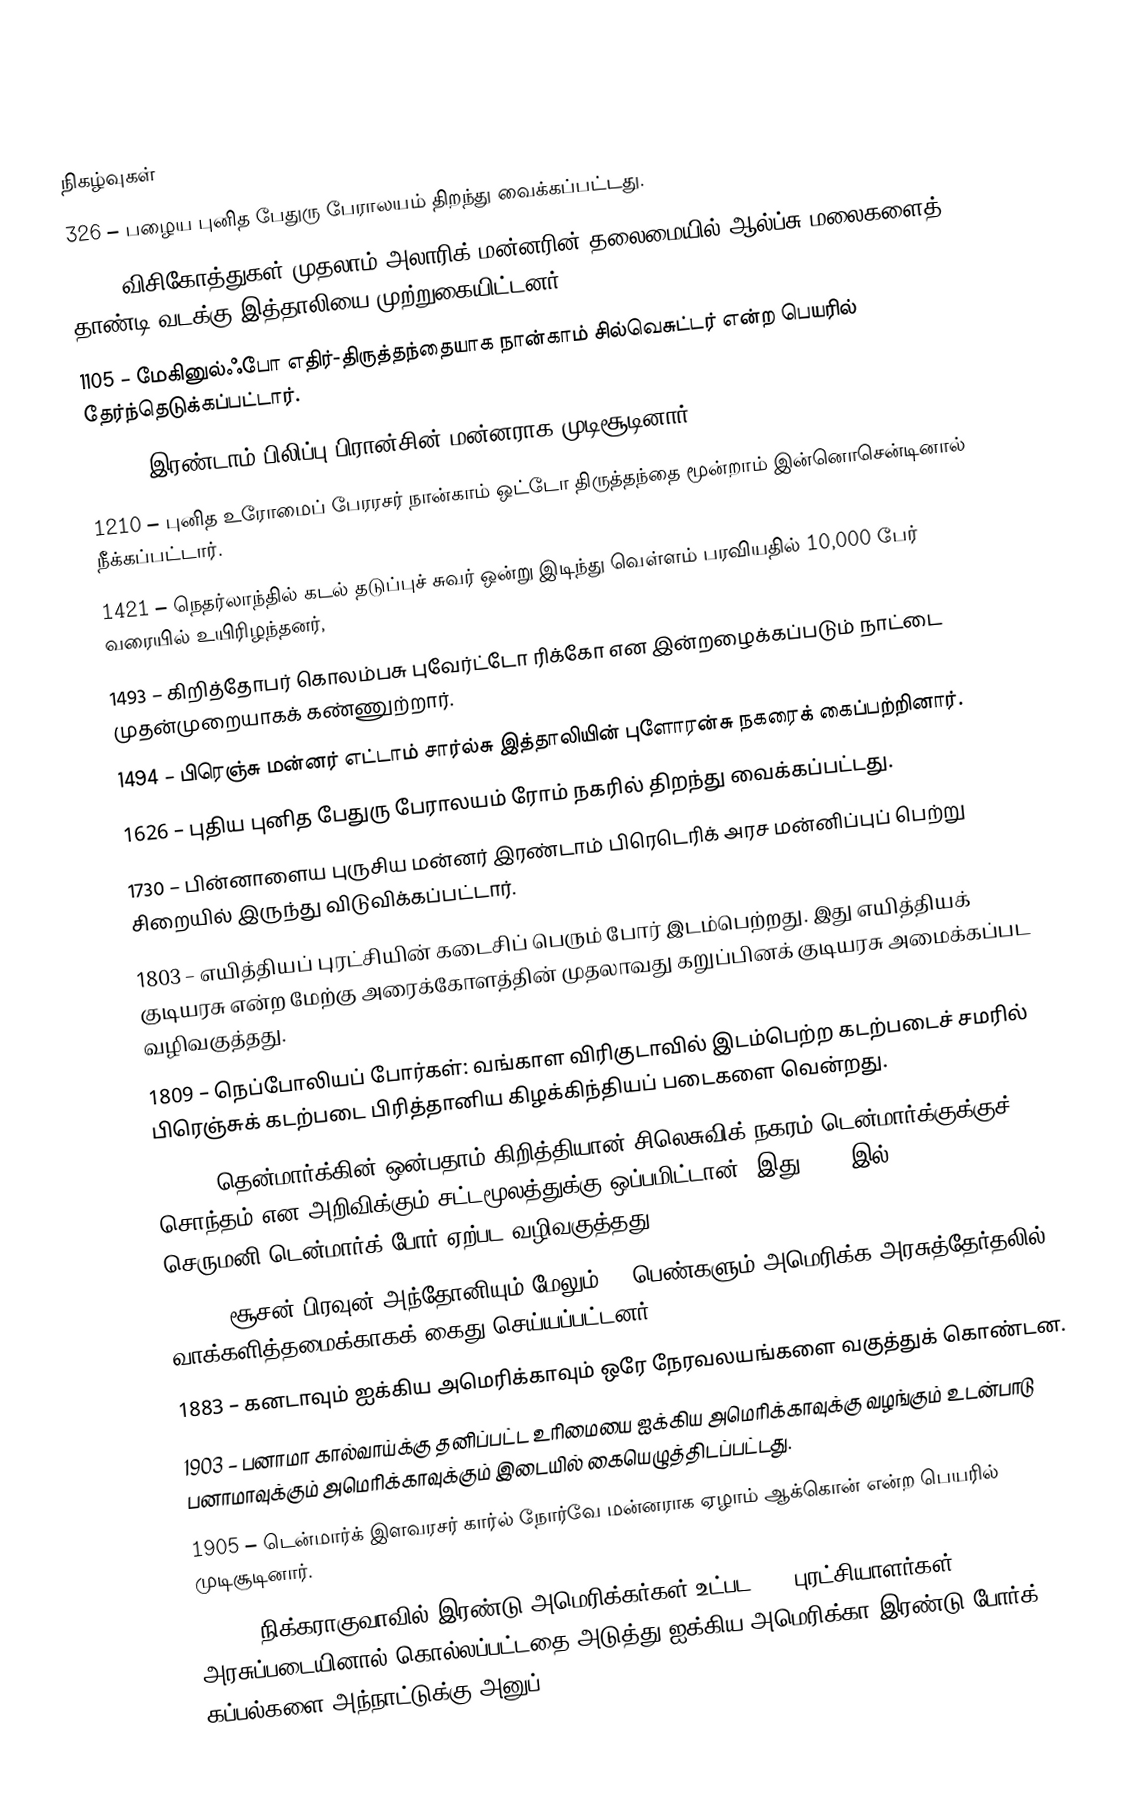

நிகழ்வுகள்
326 – பழைய புனித பேதுரு பேராலயம் திறந்து வைக்கப்பட்டது.
401 – விசிகோத்துகள் முதலாம் அலாரிக் மன்னரின் தலைமையில் ஆல்ப்சு மலைகளைத் தாண்டி வடக்கு இத்தாலியை முற்றுகையிட்டனர்.
1105 – மேகினுல்ஃபோ எதிர்-திருத்தந்தையாக நான்காம் சில்வெசுட்டர் என்ற பெயரில் தேர்ந்தெடுக்கப்பட்டார்.
1180 – இரண்டாம் பிலிப்பு பிரான்சின் மன்னராக முடிசூடினார்.
1210 – புனித உரோமைப் பேரரசர் நான்காம் ஒட்டோ திருத்தந்தை மூன்றாம் இன்னொசென்டினால் நீக்கப்பட்டார்.
1421 – நெதர்லாந்தில் கடல் தடுப்புச் சுவர் ஒன்று இடிந்து வெள்ளம் பரவியதில் 10,000 பேர் வரையில் உயிரிழந்தனர்,
1493 – கிறித்தோபர் கொலம்பசு புவேர்ட்டோ ரிக்கோ என இன்றழைக்கப்படும் நாட்டை முதன்முறையாகக் கண்ணுற்றார்.
1494 – பிரெஞ்சு மன்னர் எட்டாம் சார்ல்சு இத்தாலியின் புளோரன்சு நகரைக் கைப்பற்றினார்.
1626 – புதிய புனித பேதுரு பேராலயம் ரோம் நகரில் திறந்து வைக்கப்பட்டது.
1730 – பின்னாளைய புருசிய மன்னர் இரண்டாம் பிரெடெரிக் அரச மன்னிப்புப் பெற்று சிறையில் இருந்து விடுவிக்கப்பட்டார்.
1803 – எயித்தியப் புரட்சியின் கடைசிப் பெரும் போர் இடம்பெற்றது. இது எயித்தியக் குடியரசு என்ற மேற்கு அரைக்கோளத்தின் முதலாவது கறுப்பினக் குடியரசு அமைக்கப்பட வழிவகுத்தது.
1809 – நெப்போலியப் போர்கள்: வங்காள விரிகுடாவில் இடம்பெற்ற கடற்படைச் சமரில் பிரெஞ்சுக் கடற்படை பிரித்தானிய கிழக்கிந்தியப் படைகளை வென்றது.
1863 – தென்மார்க்கின் ஒன்பதாம் கிறித்தியான் சிலெசுவிக் நகரம் டென்மார்க்குக்குச் சொந்தம் என அறிவிக்கும் சட்டமூலத்துக்கு ஒப்பமிட்டான். இது 1864 இல் செருமனி-டென்மார்க் போர் ஏற்பட வழிவகுத்தது.
1872 – சூசன் பிரவுன் அந்தோனியும் மேலும் 14 பெண்களும் அமெரிக்க அரசுத்தேர்தலில் வாக்களித்தமைக்காகக் கைது செய்யப்பட்டனர்.
1883 – கனடாவும் ஐக்கிய அமெரிக்காவும் ஒரே நேரவலயங்களை வகுத்துக் கொண்டன.
1903 – பனாமா கால்வாய்க்கு தனிப்பட்ட உரிமையை ஐக்கிய அமெரிக்காவுக்கு வழங்கும் உடன்பாடு பனாமாவுக்கும் அமெரிக்காவுக்கும் இடையில் கையெழுத்திடப்பட்டது.
1905 – டென்மார்க் இளவரசர் கார்ல் நோர்வே மன்னராக ஏழாம் ஆக்கொன் என்ற பெயரில் முடிசூடினார்.
1909 – நிக்கராகுவாவில் இரண்டு அமெரிக்கர்கள் உட்பட 500 புரட்சியாளர்கள் அரசுப்படையினால் கொல்லப்பட்டதை அடுத்து ஐக்கிய அமெரிக்கா இரண்டு போர்க் கப்பல்களை அந்நாட்டுக்கு அனுப்